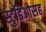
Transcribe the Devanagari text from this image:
स्टुडिओसह